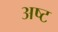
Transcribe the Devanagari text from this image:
अष्‍ट